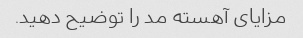
مزایای آهسته مد را توضیح دهید.